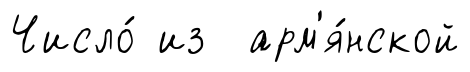
Число́ из арм'я́нской